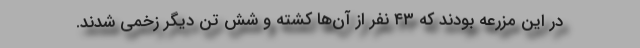
در این مزرعه بودند که ۴۳ نفر از آن‌ها کشته و شش تن دیگر زخمی شدند.